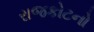
રાજકોટનો